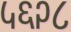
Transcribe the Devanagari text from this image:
५६२८